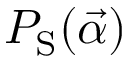
P _ { \mathrm { S } } ( \vec { \alpha } )